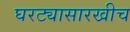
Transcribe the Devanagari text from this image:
घरट्यासारखीच